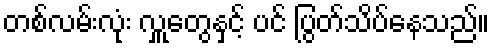
တစ်လမ်းလုံး လှူတွေနှင့် ပင် ပြွတ်သိပ်နေသည်။